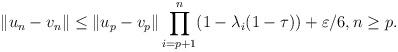
LaTeX: \begin{align*} \Vert u_n-v_n\Vert\le\Vert u_p-v_p\Vert\prod_{i=p+1}^n(1-\lambda_i(1-\tau))+\varepsilon/6,n\ge p. \end{align*}